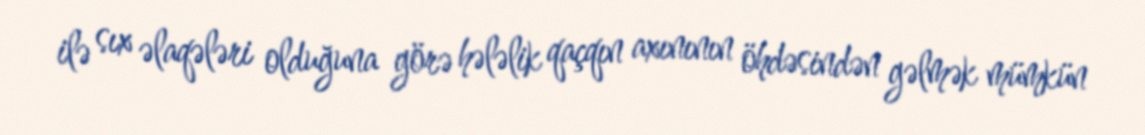
ilə sıx əlaqələri olduğuna görə hələlik qaçqın axınının öhdəsindən gəlmək mümkün